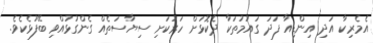
އެމެރިކާ އަދި އިންޑިއާ ފަދަ ގައުމުތަކާ ދެކޮޅަށް ހަރުކަށި ސިޔާސަތެއް ގެންގުޅުއްވި ބޭފުޅެކެވެ.